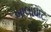
બાલાઘાટ